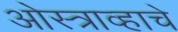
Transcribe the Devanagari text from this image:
ओस्त्राव्हाचे